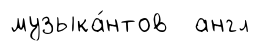
музыка́нтов англ